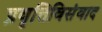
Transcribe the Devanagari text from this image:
प्रवृत्तिविसंवाद